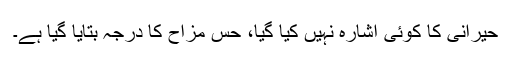
حیرانی کا کوئی اشارہ نہیں کیا گیا، حس مزاح کا درجہ بتایا گیا ہے۔